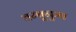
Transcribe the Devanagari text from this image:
तम्बूनुमा